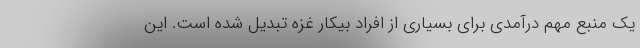
یک منبع مهم درآمدی برای بسیاری از افراد بیکار غزه تبدیل شده است. این